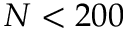
N < 2 0 0